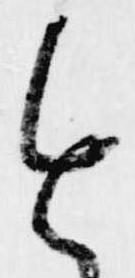
進